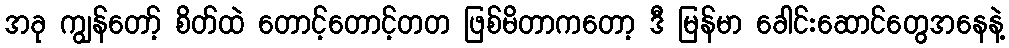
အခု ကျွန်တော့် စိတ်ထဲ တောင့်တောင့်တတ ဖြစ်မိတာကတော့ ဒီ မြန်မာ ခေါင်းဆောင်တွေအနေနဲ့